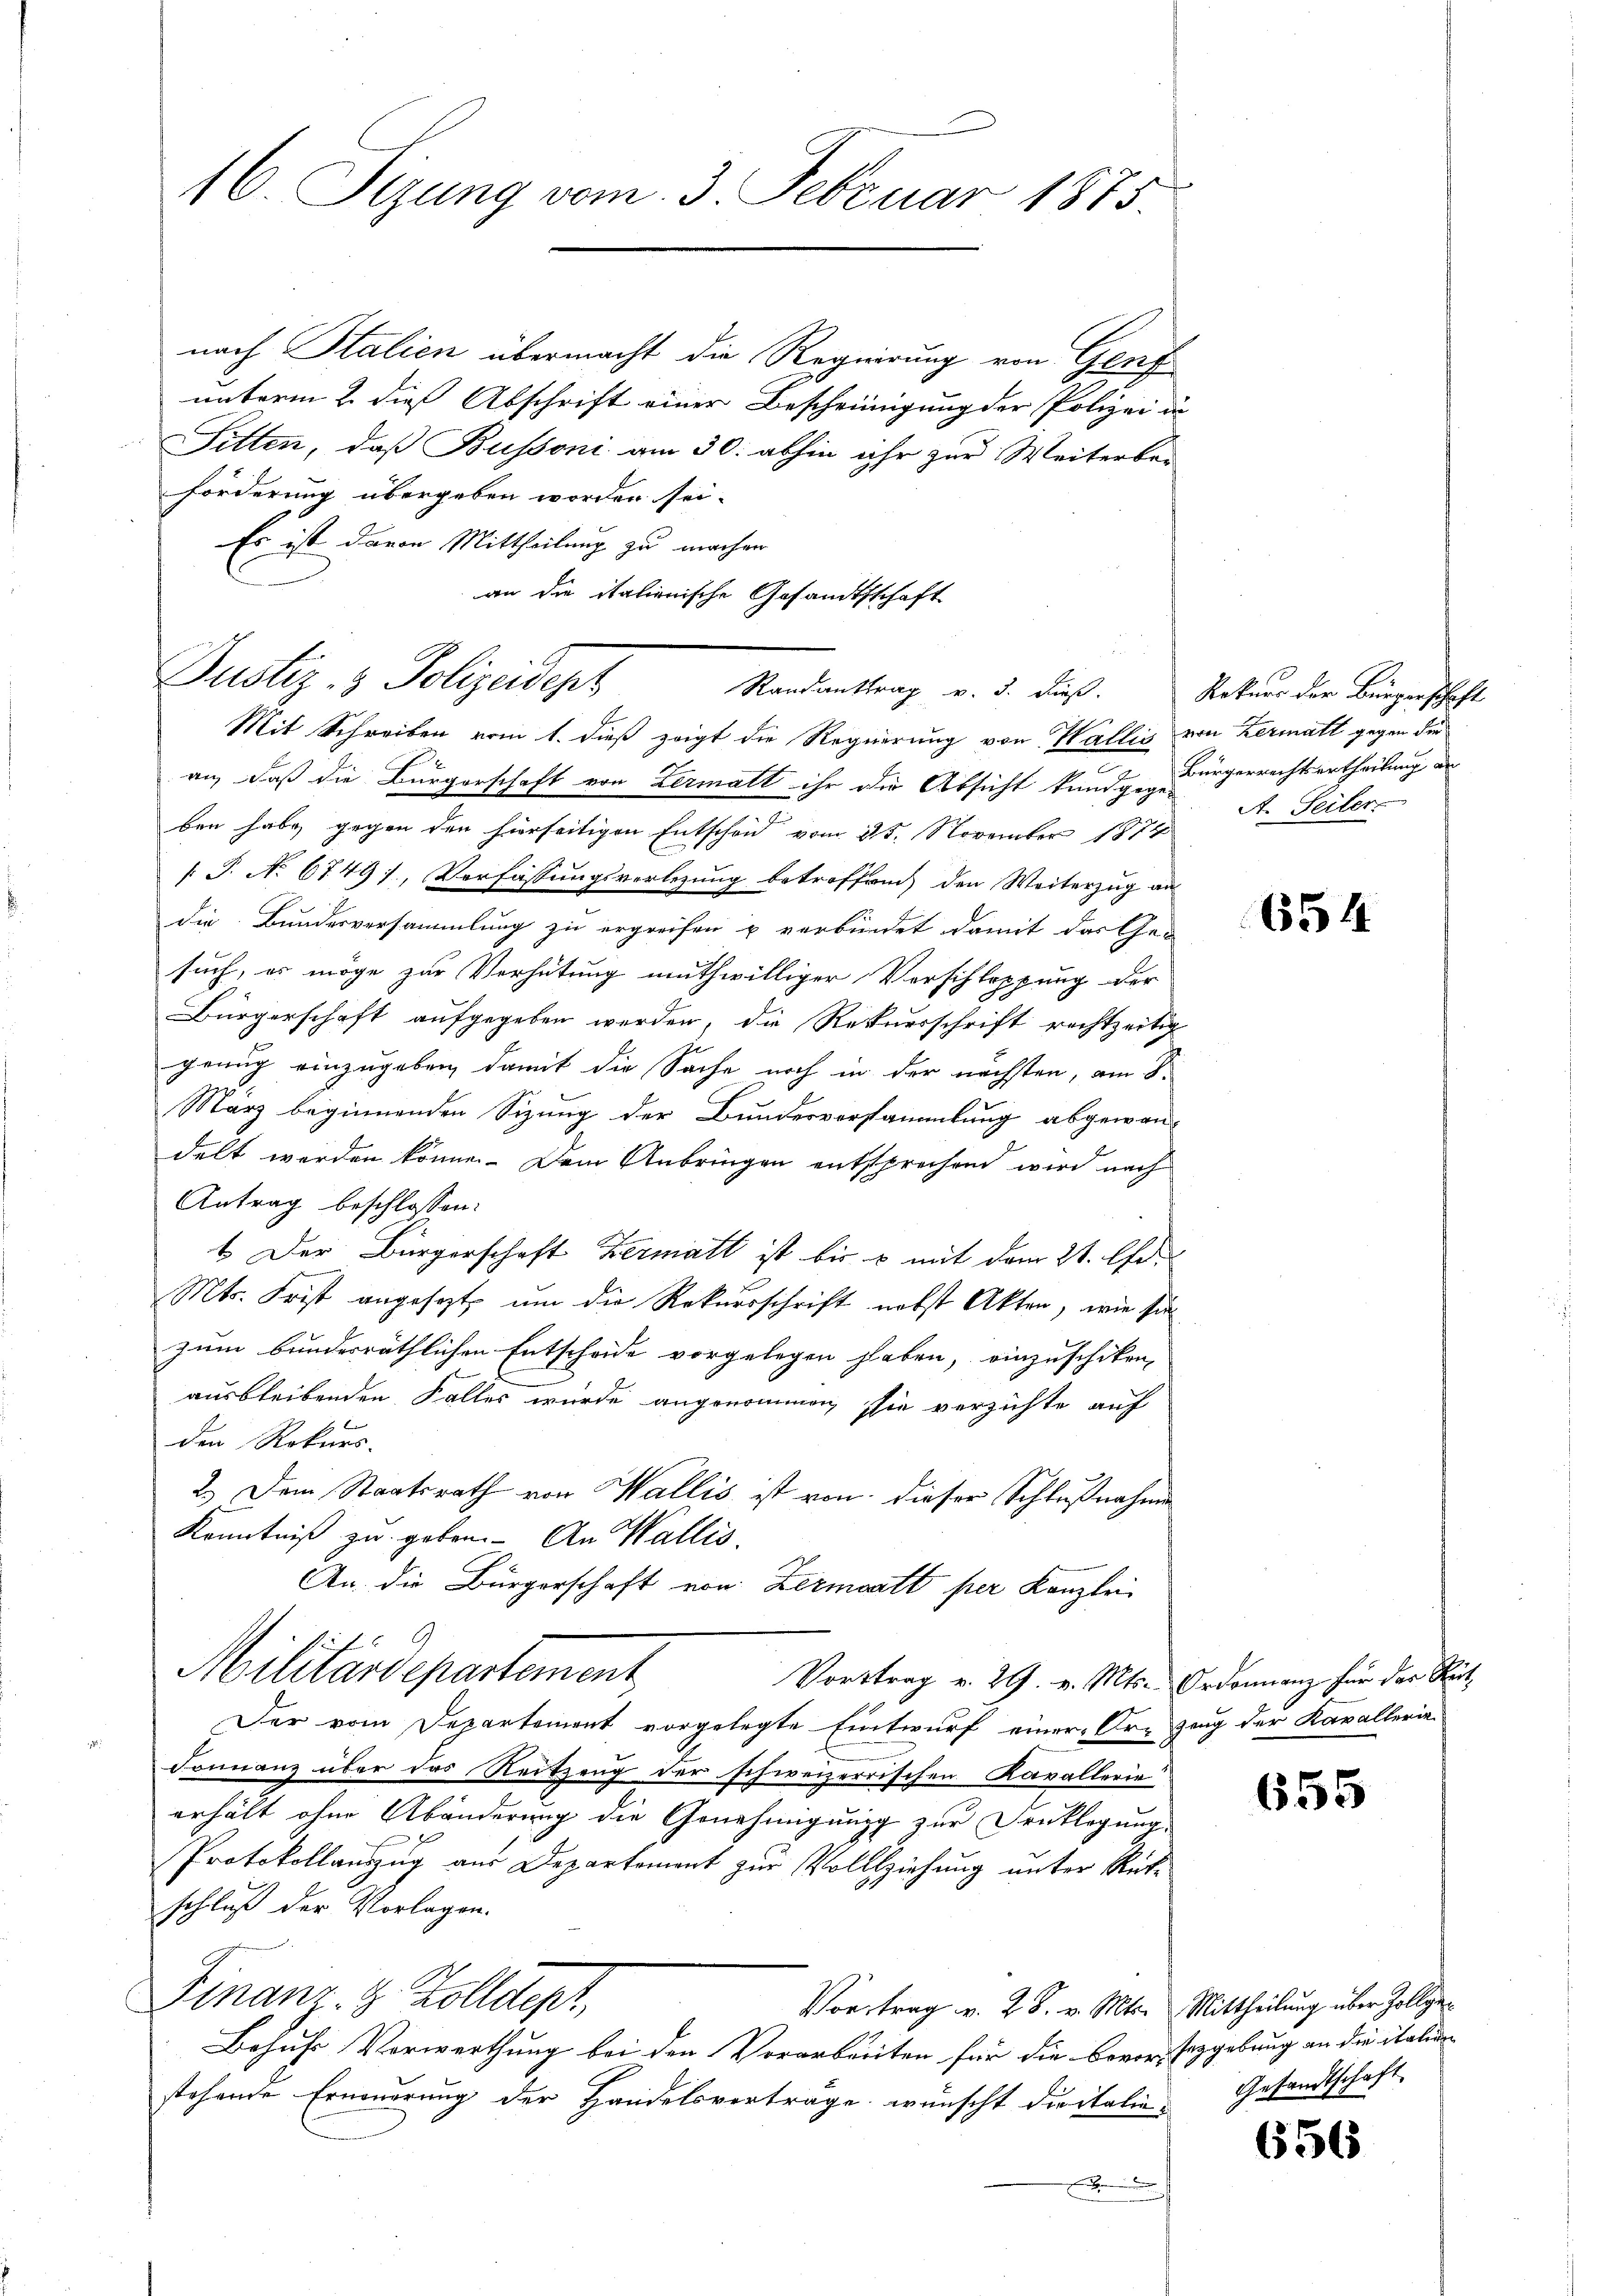
16. Sizung vom 3. Februar 1875.

Justiz- & Polizeidept
Randanttrag v. J. dieß. Rekurs der Bürgerschaft

Mit Schreiben vom 1. dieß zeigt die Regierung von Wallis von Hermatt gegen die
an, daß die Bürgerschaft von Lermatt ihr die Absicht kundige Bürgerrechtsurtheilung de
ben habe, gegen den hierseitigen Entscheid vom 25. November 1874
T. No 6749), Verfassungsverlegung betroffend den Weiterzug an
die Bundesversammlung zu ergreifen u verbindet damit das Gesuch, es möge zur Verhütung muthwilliger Verschleppung der
Bürgerschaft aufgegeben werden, die Rekursschrift rechtzeitig
genug einzugeben, damit die Sache noch in der nächsten, am S.
März beginnenden Sizung der Bundesverstauantung abgewan-
delt werden könne. Dem Anbringen entsprechend wird nach
Antrag beschlossen:
1. Der Bürgerschaft Zermatt ist bis 6 mit dem 21. Ad.
Mts. Frist angesezt, um die Rekursschrift nebst Akten, wie sie
zum bunderräthlichen Entscheide vorgelegen haben, einzuschiken,
ausbleibenden Falles wurde angenommen sie verzichte auf
den Rekurs-
2.) Dem Staatsrath von Wallis ist von dieser Schlußnahme
Kenntniß zu geben. An Wallis,
An die Bürgerschaft von Lermoatt per Kanzlei
Juf
Militardepartement
Vorttrag v. 29. v. Mts. Ordonnanz für der Rück-
Der vom Departement vorgelegte Entwurf einer Ort zeug der Kavallerie
Fonnanz über das Reitzung der schweizerrischen Kavallerie
erhält ohne Abänderung die Genehmigung zur Drucklegung,
Protokollauszug aus Departement zur Vollziehung unter Rückschluß der Vorlagen.
Finanz. Z. Zolldept,
Vortrag v. 28. v. Mts. Mittheilung über Zollge¬
Besuche Vorwerthung bei den Vorarbeiten für die Bevor Erzgebung an die italien
stehende Erneuerung der Handelsvertrage wünscht die italie-
e

nach Stalien übermacht die Regierung von Genf
unterm 2. dieß Abschrift einer Bescheinigung der Polizei un
Sitten, daß Bussoni am 30. abhin ihr zur Weiterber
forderung übergeben worden sei.
Es ist davon Mittheilung zu machen
an die italienische Gesandtschaft

A. Seiter

654

655

Gesandtschaft.

656